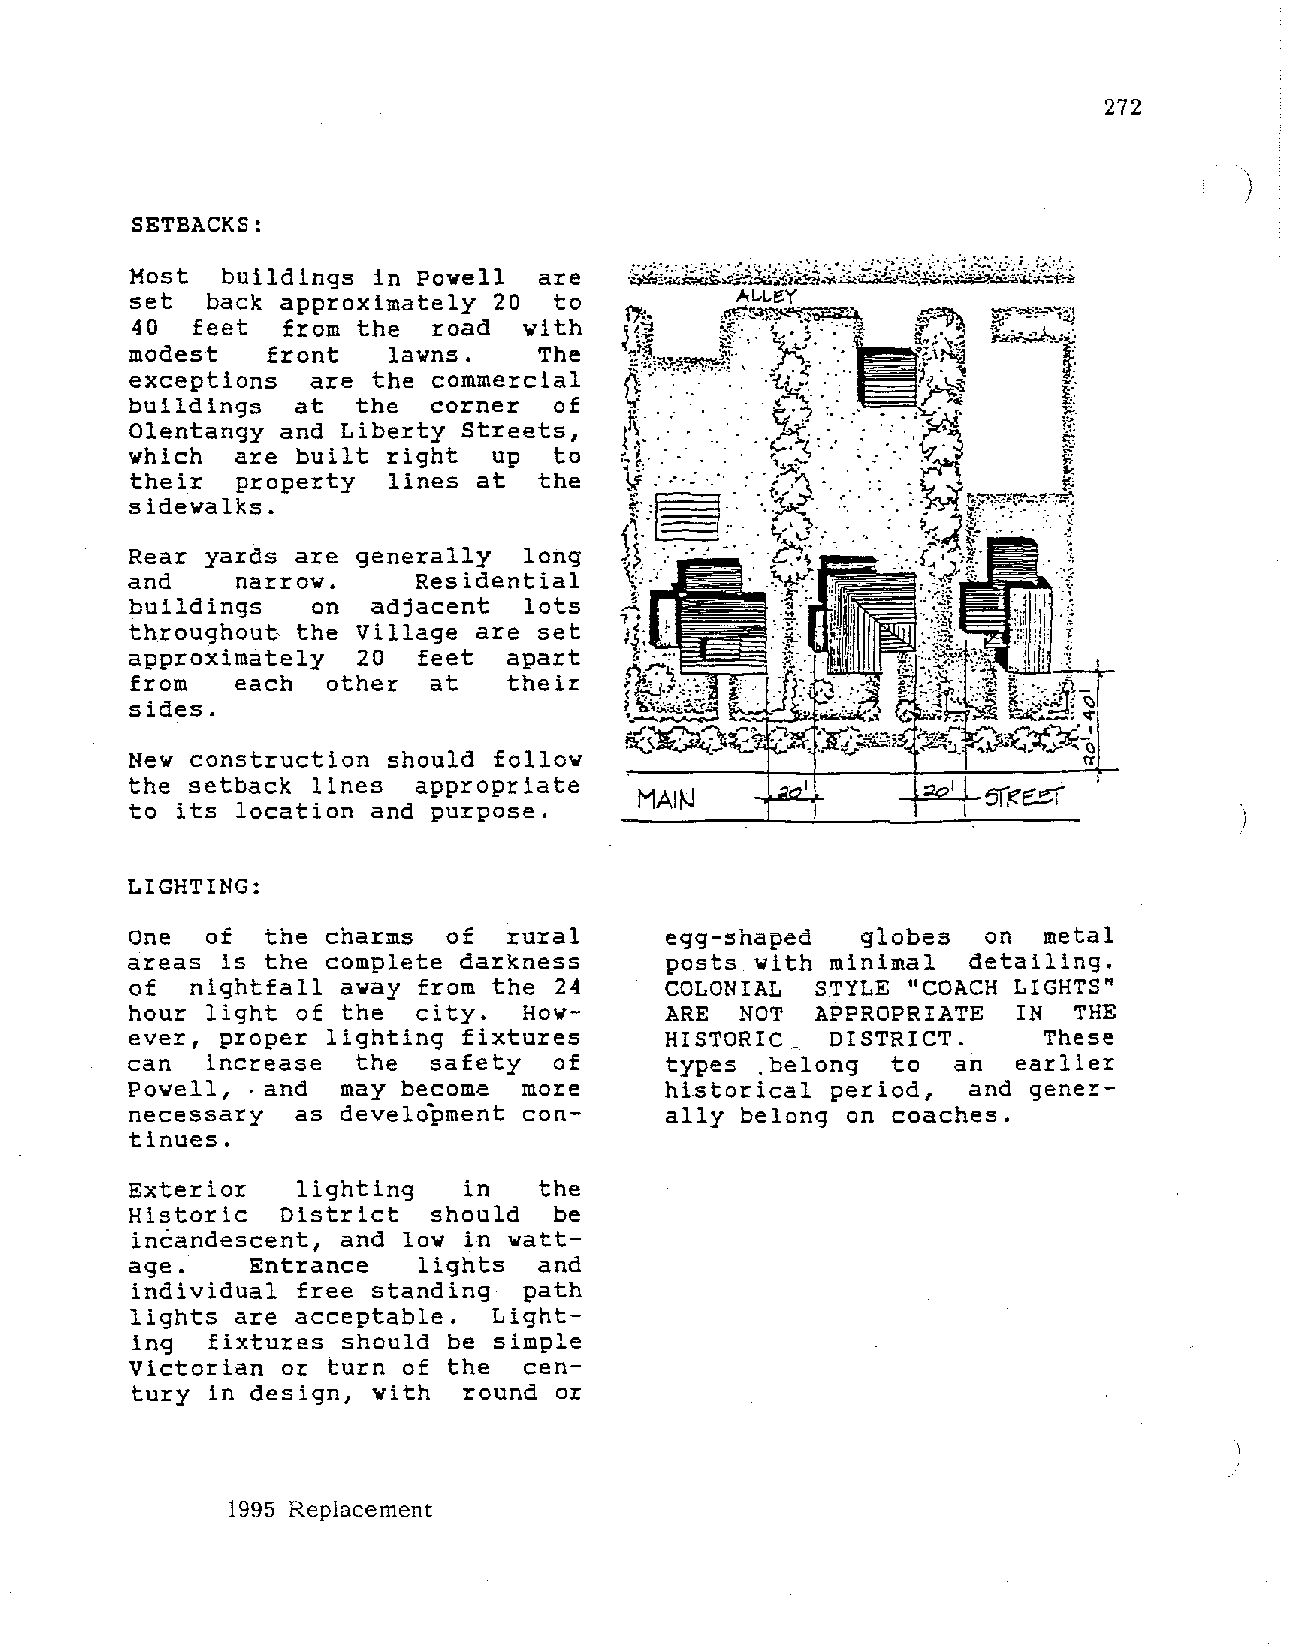
272
 )
 SETBACKS:
 Most  buildings in Powell  are
 set  back approximately 20  to
 40  feet  from the  road  with
 modest   front   lawns.    The
 exceptions  are the commercial
 buildings  at  the  corner  of
 Olentangy and Liberty Streets,
 which  are built right  up  to
 their  property  lines at  the      ,._ ·
 sidewalks.
 Rear yards are generally  long
 and    narrow.     Residential
 buildings   on  adjacent  lots
 throughout the Village are set
 approximately  20  feet  apart
 from   each  other  at   their
 sides.
 New construction should follow
 the setback lines  appropriate
 to its location and purpose.      MAl~
 LIGHTING:
 One  of  the charms  of  rural     egg-shaped   globes  on  metal
 areas is the complete darkness     posts with minimal  detailing.
 of  nightfall away from the 24     COLONIAL  STYLE "COACH LIGHTS"
 hour light of the  city.  How      ARE  NOT  APPROPRIATE   IN THE
 ever, proper lighting fixtures     HISTORIC_  DISTRICT.     These
 can  increase  the  safety  of     types ,belong  to  an  earlier
 Powell, . and may become  more     historical period,  and gener
 necessary  as development con      ally belong on coaches.
 tinues.
 Exterior   lighting   in   the
 Historic  District  should  be
 incandescent, and low in watt
 age.    Entrance   lights  and
 individual free standing  path
 lights are acceptable.  Light
 ing  fixtures should be simple
 Victorian or turn of the  cen
 tury in design, with  round or
 1995 Replacement